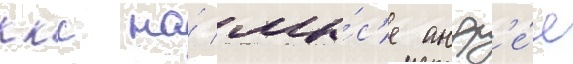
ккс на́ мы́с'е андр'е́я